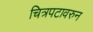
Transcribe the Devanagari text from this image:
चित्रपटावरुन